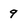
Character: 9